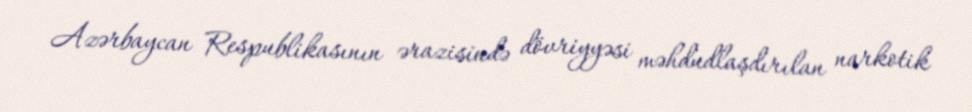
Azərbaycan Respublikasının ərazisində dövriyyəsi məhdudlaşdırılan narkotik